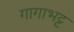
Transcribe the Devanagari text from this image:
गागाभट्ट